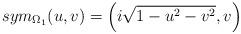
LaTeX: \begin{align*}sym_{\Omega_1}(u,v)=\Big(i\sqrt{1-u^2 -v^2},v\Big)\end{align*}